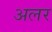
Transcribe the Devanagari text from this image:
अलर